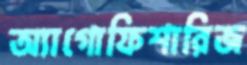
অ্যাগোফিশারিজ